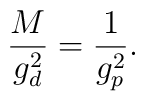
\frac{M}{g^2_d} = \frac{1}{g^2_p} .